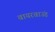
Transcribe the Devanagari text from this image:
वायरवाउंड